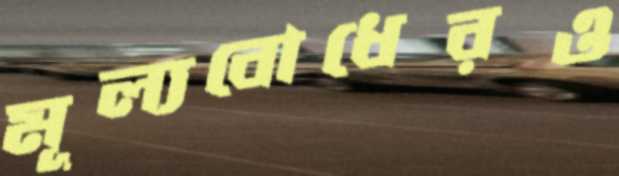
মূল্যবোধেরও